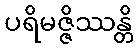
ပရိမဇ္ဇိဿန္တိ